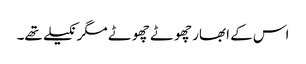
اس کے ابھار چھوٹے چھوٹے مگر نکیلے تھے۔